Annual report of the Central Committee of the Association together with the report of the directors of the Pasteur Institute at Kasauli
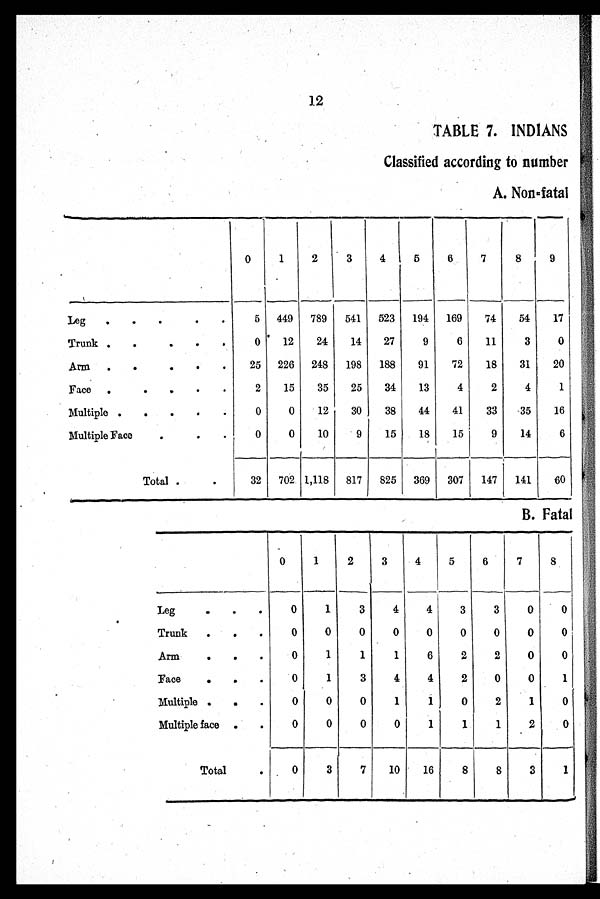
12
TABLE 7. INDIANS
Classified according to number
A. Non=fatal
0
1
2
3
4
5
6
7
8
9
Leg
.
.
. .
.
5 449 789
541
523
194
169
74
54
17
Trunk .
.
.
.
.
0
12
24
14
27
9
6
11
3
0
Arm
. . . . .
25 226 248
198
188
91
72
18
31
20
Face .
.
. . .
2
15
35
25
34
13
4
2
4
1
Multiple .
.
.
.
. 0
0
12
30
38
44
41
33
35
16
Multiple Face
.
.
.
0
0
10
9
15
18
15
9
14
6
Total
.
32 702 1,118 817
825 369 307
147
141
60
B. Fatal
0
1
2
3
4
5
6
7
8
Leg
.
. .
0
1
3
4
4
3
3
0 0
Trunk
.
.
.
0
0
0
0
0
0
0
0
0
Arm
.
. .
0
1
1
1
6
2
2
0
0
Face
.
.
.
0
1
3
4
4
2
0
0
1
Multiple .
.
.
0
0
0
1
1
0
2
1
0
Multiple face .
.
0
0
0
0
1
1
1
2
0
Total
.
0
3
7
10
16
8
8
3
1